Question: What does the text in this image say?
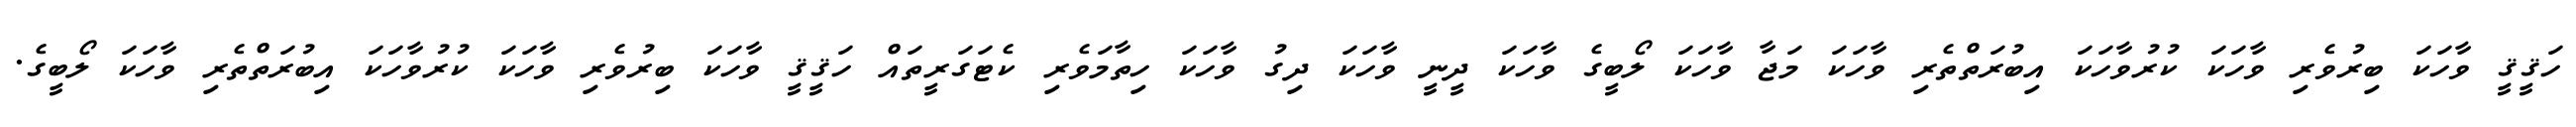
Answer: ހަޤީޤީ ވާހަކަ ބިރުވެރި ވާހަކަ ކުރުވާހަކަ އިބުރަތްތެރި ވާހަކަ މަޖާ ވާހަކަ ލޯބީގެ ވާހަކަ ދީނީ ވާހަކަ ދިގު ވާހަކަ ހިތާމަވެރި ކެޓަގަރީތައް ހަޤީޤީ ވާހަކަ ބިރުވެރި ވާހަކަ ކުރުވާހަކަ އިބުރަތްތެރި ވާހަކަ ލޯބީގެ.